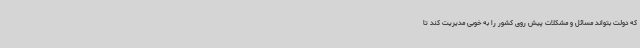
که دولت بتواند مسائل و مشکلات پیش روی کشور را به خوبی مدیریت کند تا